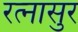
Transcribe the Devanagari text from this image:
रत्‍नासुर